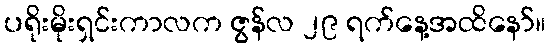
ပရိုးမိုးရှင်းကာလက ဇွန်လ ၂၉ ရက်နေ့အထိနော်။